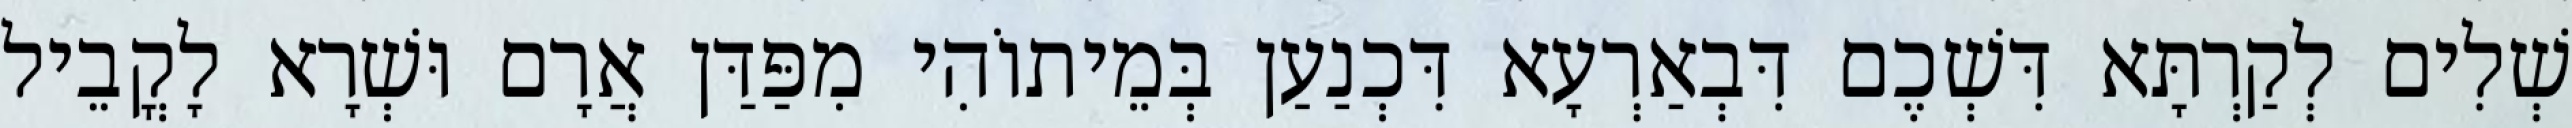
שְׁלִים לְקַרְתָּא דִּשְׁכֶם דִּבְאַרְעָא דִּכְנַעַן בְּמֵיתוֹהִי מִפַּדַּן אֲרָם וּשְׁרָא לָקֳבֵיל